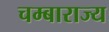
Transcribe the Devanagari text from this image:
चम्बाराज्य